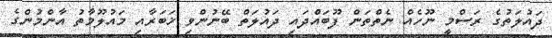
ދައުލަތުގެ ރަސްމީ ނޫހެއް ނެތްތަން ފޫބައްދައި ދައުލަތް ބޭނުންވި ޚަބަރާއި މައުލޫމާތު އާންމުންގެ